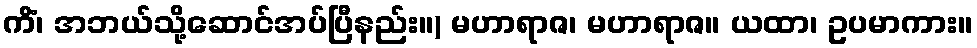
ကိံ၊ အဘယ်သို့ဆောင်အပ်ပြီနည်း။) မဟာရာဇ၊ မဟာရာဇ။ ယထာ၊ ဥပမာကား။